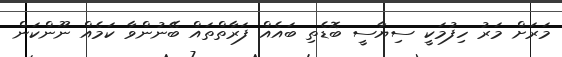
މަރަށް މަރު ހިފުމަކީ ސިޔާސީ ބޮޑެތި ބައެއް ފަރާތްތައް ބޭނުންވާ ކަމެއް ނޫންކަން